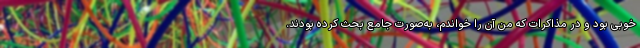
خوبی بود و در مذاکرات که من آن را خواندم، به‌صورت جامع بحث کرده بودند.